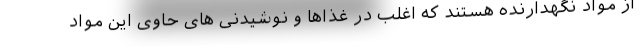
از مواد نگهدارنده هستند که اغلب در غذاها و نوشیدنی های حاوی این مواد